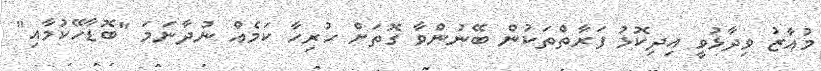
މުއާޒު ވިދާޅުވީ އިދިކޮޅު ފަރާތްތަކުން ބޭނުންވާ ގޮތަށް ހުރިހާ ކަމެއް ނުދާނަމަ "ބޮޑާހޭކުމާއި"